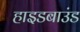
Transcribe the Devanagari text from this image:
हाइडबाउंड